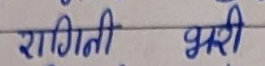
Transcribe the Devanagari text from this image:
रागिनी भरी